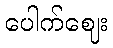
ပေါက်ဈေး